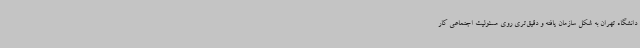
دانشگاه تهران به شکل سازمان یافته و دقیق‌تری روی مسئولیت اجتماعی کار